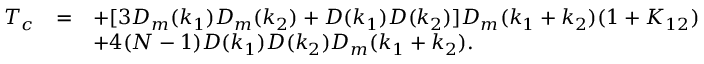
\begin{array} { r c l } { { T _ { c } } } & { { = } } & { { \displaystyle + [ 3 D _ { m } ( k _ { 1 } ) D _ { m } ( k _ { 2 } ) + D ( k _ { 1 } ) D ( k _ { 2 } ) ] D _ { m } ( k _ { 1 } + k _ { 2 } ) ( 1 + K _ { 1 2 } ) } } \\ { { } } & { { } } & { { \displaystyle + 4 ( N - 1 ) D ( k _ { 1 } ) D ( k _ { 2 } ) D _ { m } ( k _ { 1 } + k _ { 2 } ) . } } \end{array}